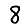
Digit: 8